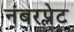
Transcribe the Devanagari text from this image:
नंबरप्लेट